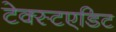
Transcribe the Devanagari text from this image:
टेक्स्टएडिट